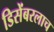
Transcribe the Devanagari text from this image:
डिसेंबरलाच